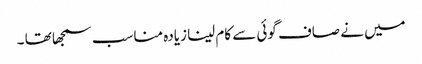
میں نے صاف گوئی سے کام لینا زیادہ مناسب سمجھا تھا ۔